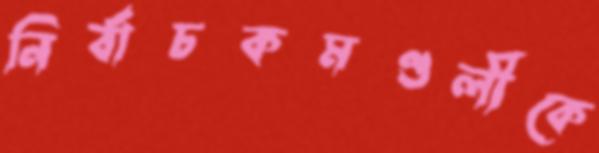
নির্বাচকমণ্ডলীকে